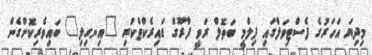
މިދިޔަ އަހަރުގެ ފެސްޓިވަލްގައި ފިލްމީ ބަތޮލް ރަވީ ފާރޫގް ޑައިރެކްޓްކުރި "އިނގިލި" ބައިވެރިކޮށްގެން